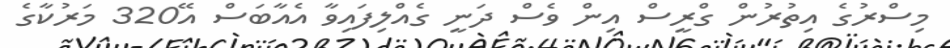
މިސްރުގެ އިތުރުން ގްރީސް އިން ވެސް ދަނީ ގެއްލިފައިވާ އެއާބަސް އޭ320 މަރުކާގެ